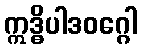
ဣဒ္ဓိပါဒဝဂ္ဂေါ